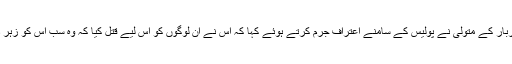
پولیس کے مطابق 20 لوگوں کے قتل کے پیچھے بظاہر گدی کا معاملہ لگتا ہےجبکہ دربار کے متولی نے پولیس کے سامنے اعترافِ جرم کرتے ہوئے کہا کہ اس نے ان لوگوں کو اس لیے قتل کیا کہ وہ سب اس کو زہر دے کر مارنے کی سازش کر رہے تھے اور دربار کی گدی پر قابض ہونا چاہتے تھے۔